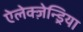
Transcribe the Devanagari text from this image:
ऐलेक्ज़ेन्ड्रिया